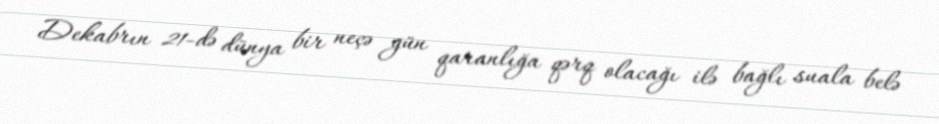
Dekabrın 21-də dünya bir neçə gün qaranlığa qərq olacağı ilə bağlı suala belə